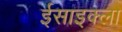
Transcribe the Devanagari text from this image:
ईसाइक्ला